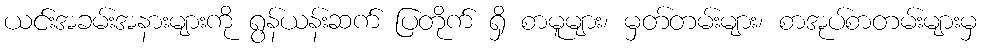
ယင်းအခမ်းအနားများကို ရွန်ယန်းဆက် ပြတိုက် ရှိ စာမူများ၊ မှတ်တမ်းများ၊ စာအုပ်စာတမ်းများမှ